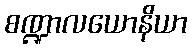
စဏ္ဍာလယောနိယာ